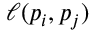
\ell ( p _ { i } , p _ { j } )